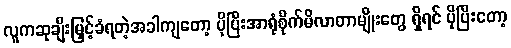
လူကဆုချီးမြှင့်ခံရတဲ့အခါကျတော့ ပိုပြီးအာရုံစိုက်မိလာတာမျိုးတွေ ရှိရင် ပိုပြီးတော့